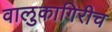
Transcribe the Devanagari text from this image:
वालुकागिरीच